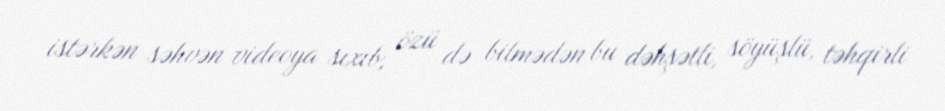
istərkən səhvən videoya sıxıb, özü də bilmədən bu dəhşətli, söyüşlü, təhqirli